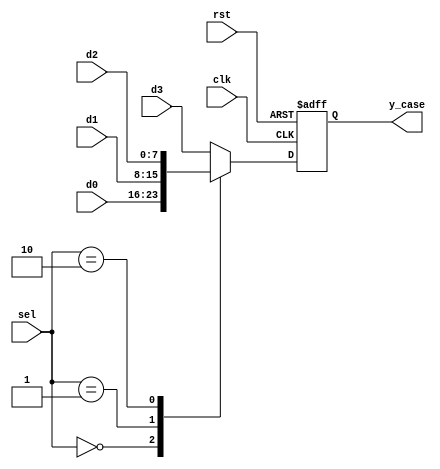
module sel_case(
    input clk,rst,
    input [7:0]d0,d1,d2,d3,
    input [1:0]sel,
    output reg [7:0]y_case
);

always@(negedge rst,posedge clk)
if(rst==0)
    y_case <= 0;
else
    case(sel)
        2'd0 : y_case <= d0;
        2'd1 : y_case <= d1;
        2'd2 : y_case <= d2;
        default : y_case <= d3;
    endcase

endmodule